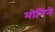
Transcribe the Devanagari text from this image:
मोनिने